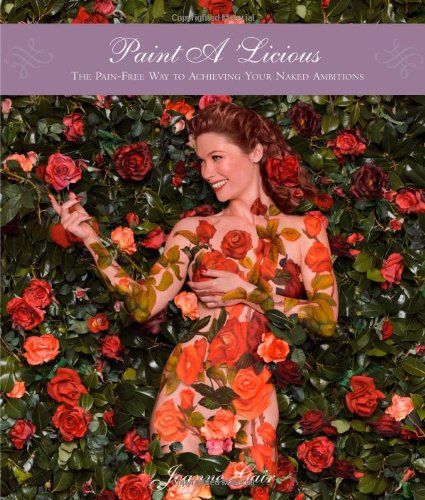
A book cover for Paint A 'Licious: The Pain-Free Way to Achieving Your Naked Ambitions; Joanne Gair; Arts & Photography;